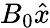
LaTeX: B_{0}\hat{x}